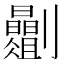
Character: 𫦡